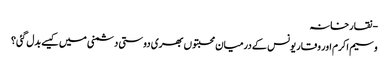
- نقارخانہ
وسیم اکرم اور وقار یونس کے درمیان محبتوں بھری دوستی دشمنی میں کیسے بدل گئی؟